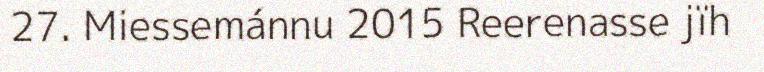
27. Miessemánnu 2015 Reerenasse jïh